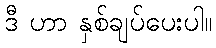
ဒီ ဟာ နှစ်ချပ်ပေးပါ။